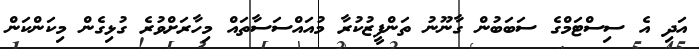
އަދި އެ ސިސްޓަމްގެ ސަބަބުން ގާނޫނު ތަންފީޒުކުރާ މުއައްސަސާތައް މިހާރަށްވުރެ ގުޅިގެން މިކަންކަން